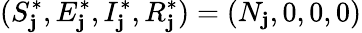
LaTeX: (S_{\mathbf{j}}^{*},E_{\mathbf{j}}^{*},I_{\mathbf{j}}^{*},R_{\mathbf{j}}^{*})=(N_{\mathbf{j}},0,0,0)